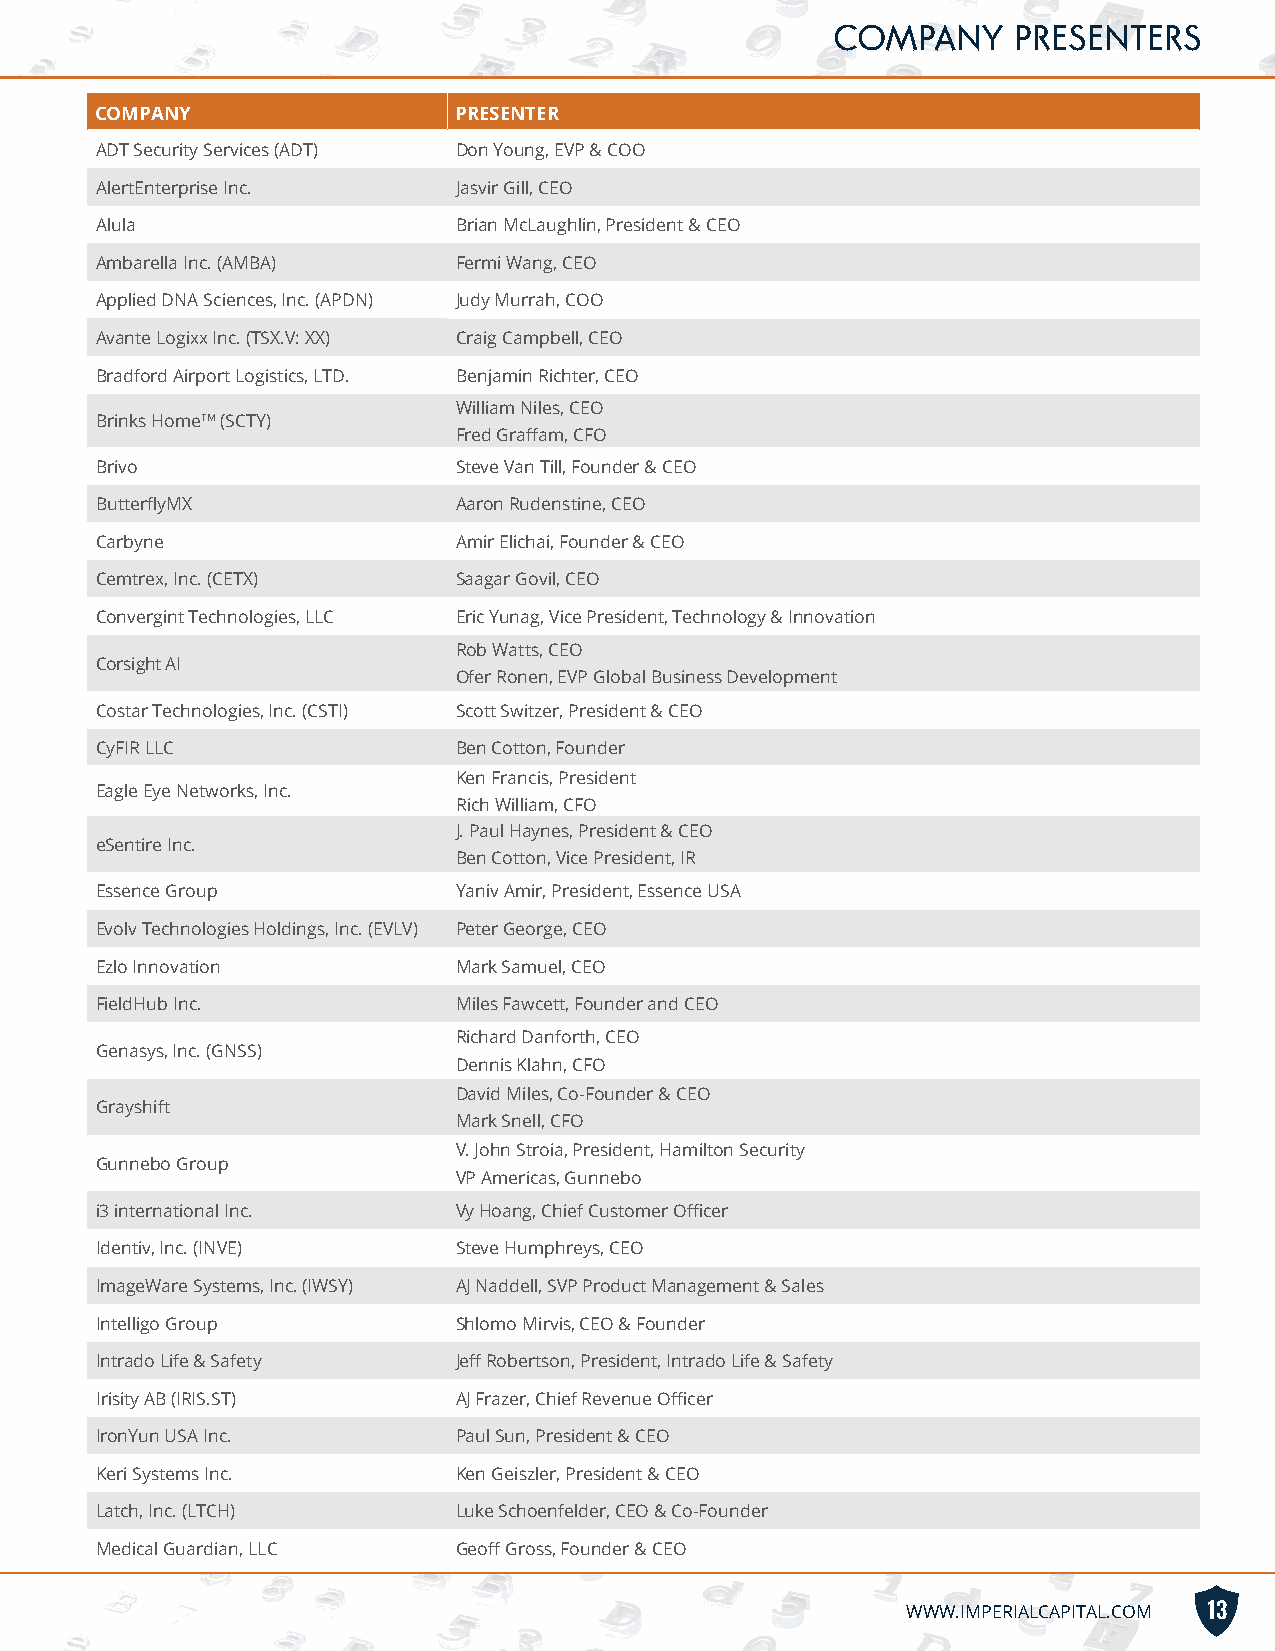
COMPANY     PRESENTERS
 COMPANY                 PRESENTER
 ADT Security Services (ADT) Don Young, EVP & COO
 AlertEnterprise Inc.    Jasvir Gill, CEO
 Alula                   Brian McLaughlin, President & CEO
 Ambarella Inc. (AMBA)   Fermi Wang, CEO
 Applied DNA Sciences, Inc. (APDN) Judy Murrah, COO
 Avante Logixx Inc. (TSX.V: XX) Craig Campbell, CEO
 Bradford Airport Logistics, LTD. Benjamin Richter, CEO
 William Niles, CEO
 Brinks HomeTM (SCTY)
 Fred Graffam, CFO
 Brivo                   Steve Van Till, Founder & CEO
 ButterflyMX             Aaron Rudenstine, CEO
 Carbyne                 Amir Elichai, Founder & CEO
 Cemtrex, Inc. (CETX)    Saagar Govil, CEO
 Convergint Technologies, LLC Eric Yunag, Vice President, Technology & Innovation
 Rob Watts, CEO
 Corsight AI
 Ofer Ronen, EVP Global Business Development
 Costar Technologies, Inc. (CSTI) Scott Switzer, President & CEO
 CyFIR LLC               Ben Cotton, Founder
 Ken Francis, President
 Eagle Eye Networks, Inc.
 Rich William, CFO
 J. Paul Haynes, President & CEO
 eSentire Inc.
 Ben Cotton, Vice President, IR
 Essence Group           Yaniv Amir, President, Essence USA
 Evolv Technologies Holdings, Inc. (EVLV) Peter George, CEO
 Ezlo Innovation         Mark Samuel, CEO
 FieldHub Inc.           Miles Fawcett, Founder and CEO
 Richard Danforth, CEO
 Genasys, Inc. (GNSS)
 Dennis Klahn, CFO
 David Miles, Co-Founder & CEO
 Grayshift
 Mark Snell, CFO
 V. John Stroia, President, Hamilton Security
 Gunnebo Group
 VP Americas, Gunnebo
 i3 international Inc.   Vy Hoang, Chief Customer Officer
 Identiv, Inc. (INVE)    Steve Humphreys, CEO
 ImageWare Systems, Inc. (IWSY) AJ Naddell, SVP Product Management & Sales
 Intelligo Group         Shlomo Mirvis, CEO & Founder
 Intrado Life & Safety   Jeff Robertson, President, Intrado Life & Safety
 Irisity AB (IRIS.ST)    AJ Frazer, Chief Revenue Officer
 IronYun USA Inc.        Paul Sun, President & CEO
 Keri Systems Inc.       Ken Geiszler, President & CEO
 Latch, Inc. (LTCH)      Luke Schoenfelder, CEO & Co-Founder
 Medical Guardian, LLC   Geoff Gross, Founder & CEO
 WWW.IMPERIALCAPITAL.COM 13